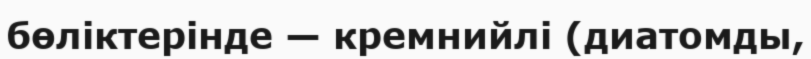
бөліктерінде — кремнийлі (диатомды,